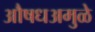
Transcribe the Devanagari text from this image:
औषधअमुळे